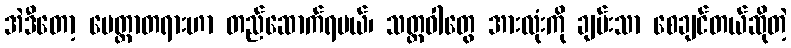
အဲဒီတော့ မေတ္တာတရားဟာ တည်ဆောက်ရမယ်၊ သတ္တဝါတွေ အားလုံးကို ချမ်းသာ စေချင်တယ်ဆိုတဲ့